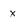
Character: x